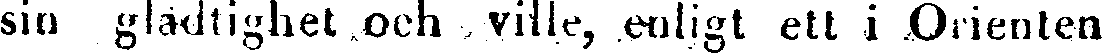
sin gladtighet och ville, enligt ett i Orienten